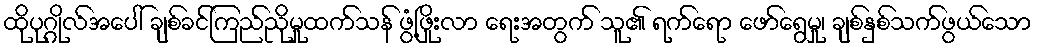
ထိုပုဂ္ဂိုလ်အပေါ် ချစ်ခင်ကြည်ညိုမှုထက်သန် ဖွံ့ဖြိုးလာ ရေးအတွက် သူ၏ ရက်ရော ဖော်ရွေမှု၊ ချစ်နှစ်သက်ဖွယ်သော